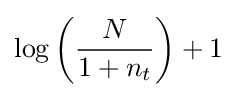
\log \left({\frac {N}{1+n_{t}}}\right)+1